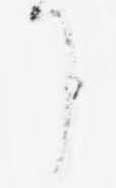
了